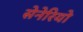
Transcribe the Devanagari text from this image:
सेनेरियो